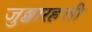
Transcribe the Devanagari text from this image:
जुब्बारहत्ती